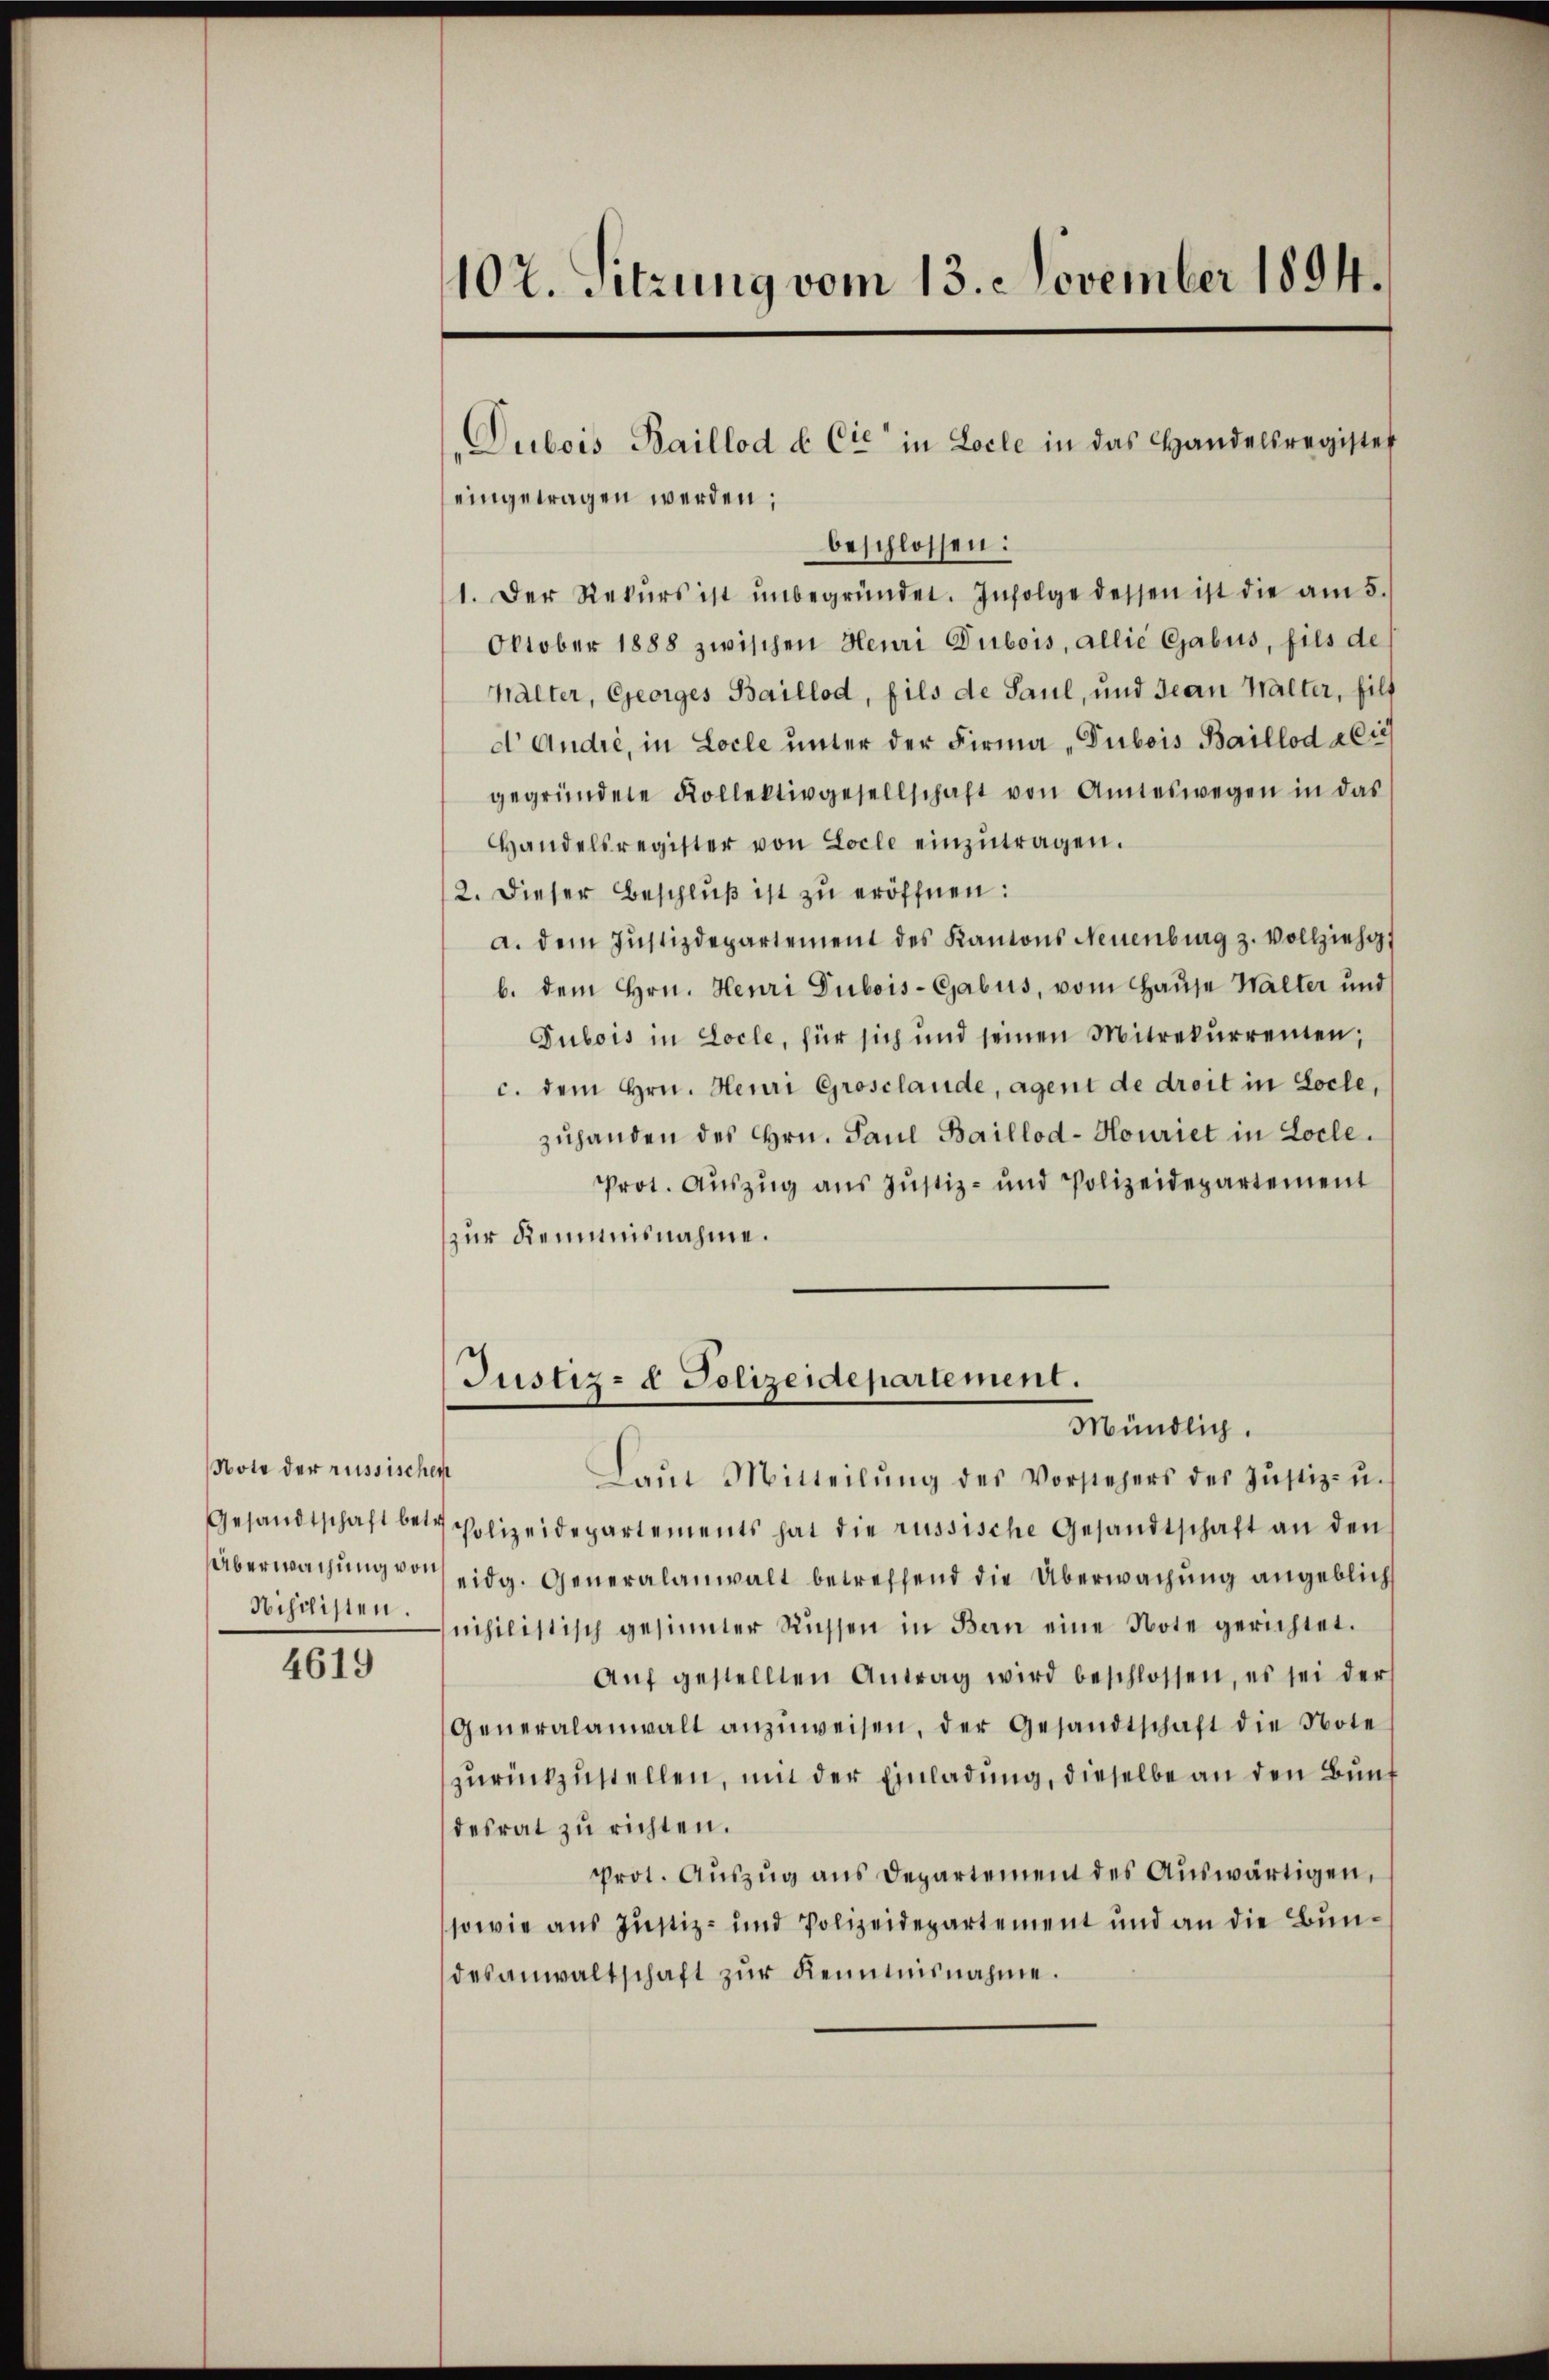
Note der russisches
Gesandtschaft betr
Überwachung von

4619

102. Sitzung vom 13. November 1894.

eingetragen werden;
beschlossen:
1. Der Rekŭrs ist ŭnbegründet. Infolge dessen ist die am 5.
Oktober 1888 zwischen Heuri Dubois, allie Gabus, fils de
halter, Georges Baillod, fils de Paul, und Jean Walter, hilf
d Andre, in Locle unter der Firma „Dubois Baillod a lies
gegründete Kollektivgesellschaft von Amteswegen in das
Handelsregister von Locle einzŭtragen.
2. Dieser Beschlŭβ ist zu eröffnen:
a. dem Justizdepartement des Kantons Neuenburg z. vollziehe
b. dem Hrn. Heuri Dubois-Gabus, vom Hause Walter und
Gubois in Locle, für sich und seinen Mitrekŭrrenten;
c. dem Hrn. Heuri Grosclande, agent de droit in Loche,
zuhanden des Hrn. Paul Baillod-Houriet in Locle.
Prot. Auszug aus Justiz- und Polizeidepartement
zur Remmnisnahme.
Justiz- & Polizeidepartement.
Mündlich.
1
Laŭt Mitteilŭng des Vorstehers des Jŭstiz- u.
Polizeidepartements hat die russische Gesandtschaft an den
eidg. Generalanwalt betreffend die Überwachung angeblich
Nischisten nihilistisch gesinnter Nüssen in Bern eine Note gerichtet.
Aŭf gestellten Antrag wird beschlossen, es sei ders
Generalanwalt anzŭweisen, der Gesandtschaft die Note
zurückzustellen, mit der Einladung, dieselbe an den Bunf
desrat zu richten.
prot. Aŭszŭg ans Departement des Aŭswärtigen,
sowie aus Justiz- und Polizeidepartement und an die Bundesanwaltschaft zŭr Kenntnisnahme.

Dubois Baillod & Cie in Locle in das Handelsregister